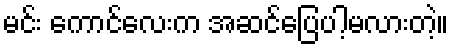
မင်း ကောင်လေးက အဆင်ပြေပါ့မလားတဲ့။